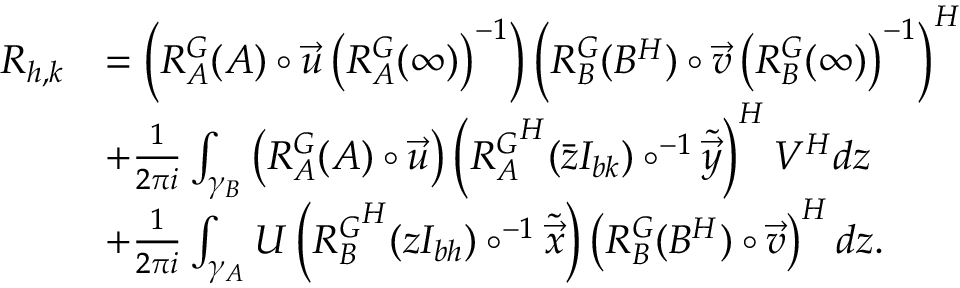
\begin{array} { r l } { R _ { h , k } } & { = \left( R _ { A } ^ { G } ( A ) \circ \vec { u } \left( R _ { A } ^ { G } ( \infty ) \right) ^ { - 1 } \right) \left( R _ { B } ^ { G } ( B ^ { H } ) \circ \vec { v } \left( R _ { B } ^ { G } ( \infty ) \right) ^ { - 1 } \right) ^ { H } } \\ & { + \frac { 1 } { 2 \pi i } \int _ { \gamma _ { B } } \left( R _ { A } ^ { G } ( A ) \circ \vec { u } \right) \left( { R _ { A } ^ { G } } ^ { H } ( \bar { z } I _ { b k } ) \circ ^ { - 1 } \tilde { \vec { y } } \right) ^ { H } V ^ { H } d z } \\ & { + \frac { 1 } { 2 \pi i } \int _ { \gamma _ { A } } U \left( { R _ { B } ^ { G } } ^ { H } ( z I _ { b h } ) \circ ^ { - 1 } \tilde { \vec { x } } \right) \left( R _ { B } ^ { G } ( B ^ { H } ) \circ \vec { v } \right) ^ { H } d z . } \end{array}